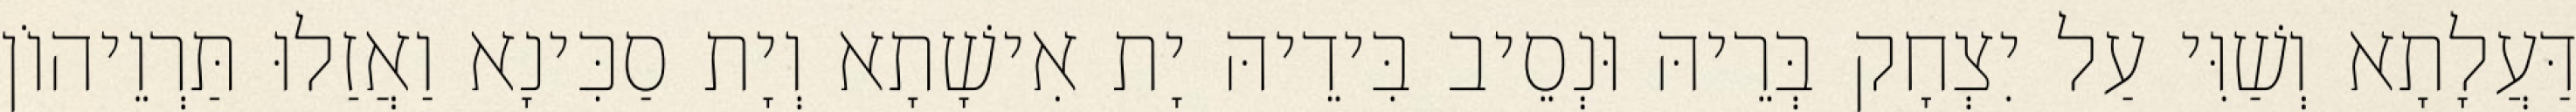
דַּעֲלָתָא וְשַׁוִּי עַל יִצְחָק בְּרֵיהּ וּנְסֵיב בִּידֵיהּ יָת אִישָׁתָא וְיָת סַכִּינָא וַאֲזַלוּ תַּרְוֵיהוֹן